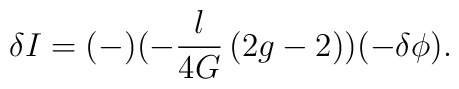
\delta I = (-)(- {l\over 4G}\, (2g-2))(-\delta\phi).